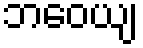
ဘဝေယျ